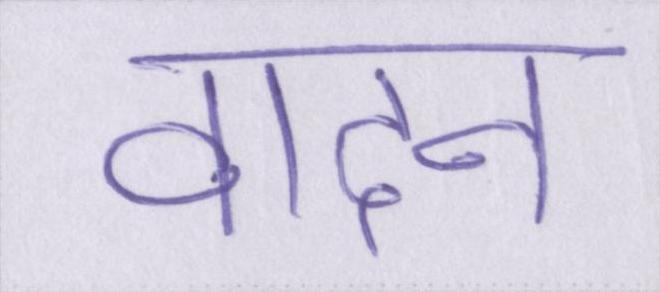
वादन